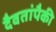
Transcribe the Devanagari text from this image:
दैवतांपैकी